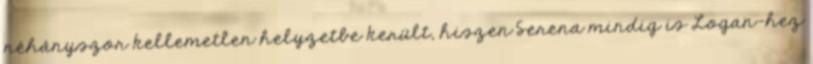
néhányszor kellemetlen helyzetbe került, hiszen Serena mindig is Logan-hez